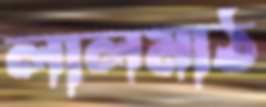
লালমাঠ